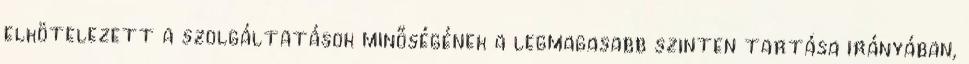
elkötelezett a szolgáltatások minőségének a legmagasabb szinten tartása irányában,